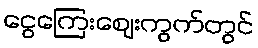
ငွေကြေးဈေးကွက်တွင်